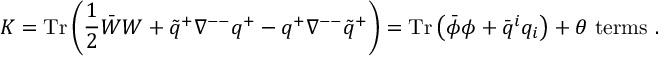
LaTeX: K = \mathrm { T r } \left( \frac { 1 } { 2 } \bar { W } W + \tilde { q } ^ { + } \nabla ^ { -- } q ^ { + } - q ^ { + } \nabla ^ { -- } \tilde { q } ^ { + } \right) = \mathrm { T r } \left( \bar { \phi } \phi + \bar { q } ^ { i } q _ { i } \right) + \theta \ \mathrm { t e r m s } \ .